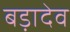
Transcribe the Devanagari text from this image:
बड़ादेव